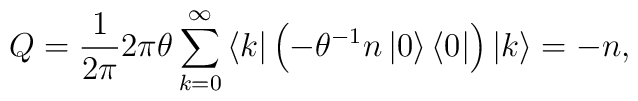
Q=\frac{1}{2\pi}2\pi\theta\sum_{k=0}^{\infty}\left\langle k\right| \left(-\theta^{-1}n\left| 0\right\rangle \left\langle 0\right| \right) \left|k\right\rangle =-n,